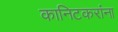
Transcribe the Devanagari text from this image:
कानिटकरांना